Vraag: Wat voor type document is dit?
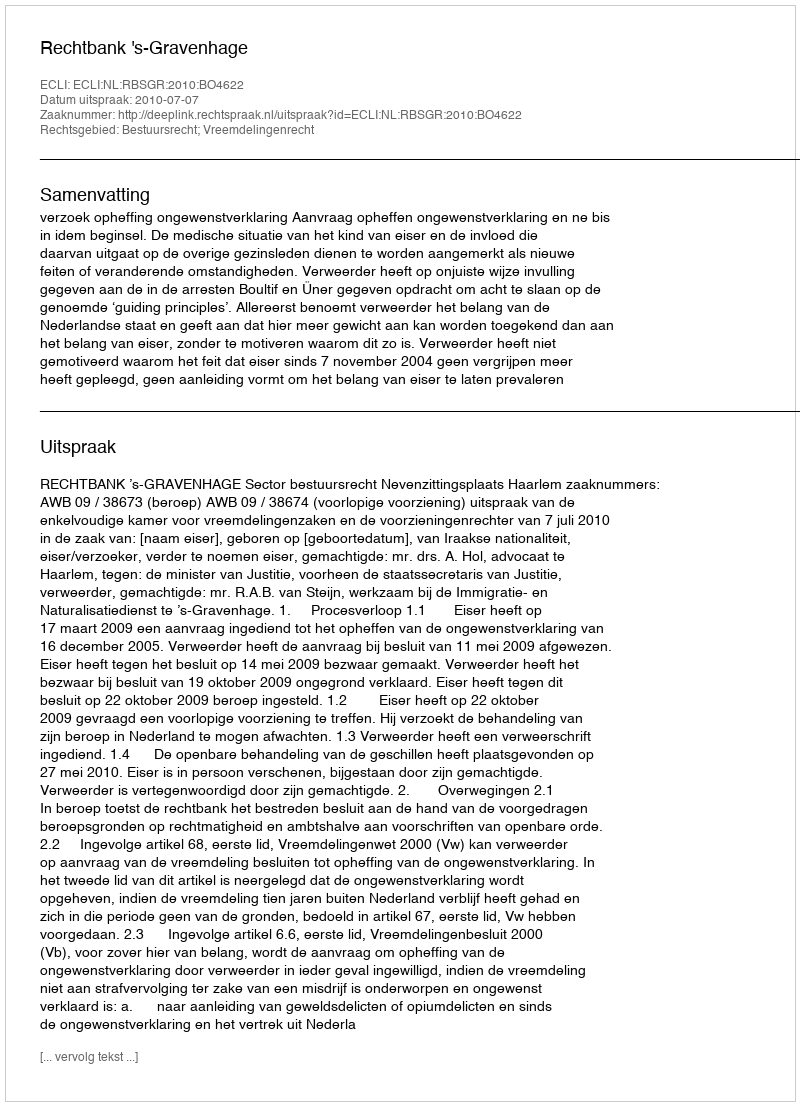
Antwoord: Uitspraak